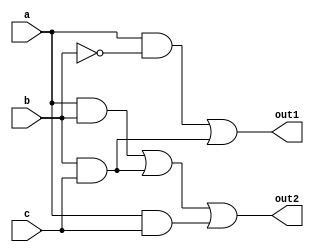
module lab1part2(a, b, c, out1, out2);
input a, b, c;  
output out1, out2;

// smtg
assign out1 = (a & ~b) | (b & c);
assign out2 = (a & b) | (b & c) | (a & c);

endmodule